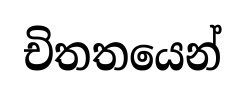
චිතතයෙන්